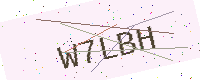
Text: W7LBH